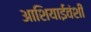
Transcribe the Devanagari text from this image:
आशियाईवंशी